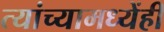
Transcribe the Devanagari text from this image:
त्यांच्यामध्येंही